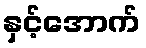
နှင့်အောက်